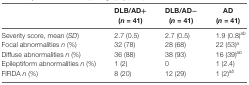
|  | DLB/AD+ | DLB/AD− | AD |
 |  | (n = 41) | (n = 41) | (n = 41) |
 | --- | --- | --- | --- |
 | Severity score, mean (SD) | 2.7 (0.5) | 2.7 (0.5) | 1.9 (0.8)ab |
 | Focal abnormalities n (%) | 32 (78) | 28 (68) | 22 (53)a |
 | Diffuse abnormalities n (%) | 36 (88) | 38 (93) | 16 (39)ab |
 | Epileptiform abnormalities n (%) | 1 (2) | 0 | 1 (2.4) |
 | FIRDA n (%) | 8 (20) | 12 (29) | 1 (2)ab |